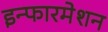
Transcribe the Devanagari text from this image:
इन्फारमेशन